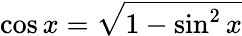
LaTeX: \cos x={\sqrt{1-\sin^{2}x}}